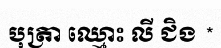
បុត្រា ឈ្មោះ លី ជិង *